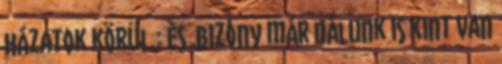
házatok körül.: Ès .bizony már nálunk is kint van